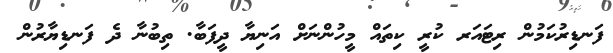
ފަނޑިރުކަމުން ރިޓައަރ ކުރީ ކިތައް މީހުންނަށް އަނިޔާ ދީފަބާ. ތިބުނާ ދެ ފަނޑިޔާރުން